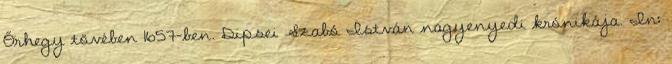
Őrhegy tövében 1657-ben. Dipsei Szabó István nagyenyedi krónikája. In: